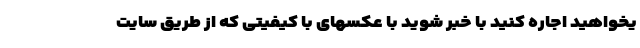
یخواهید اجاره کنید با خبر شوید با عکسهای با کیفیتی که از طریق سایت